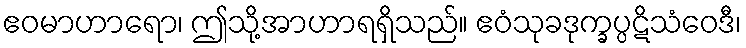
ဧဝမာဟာရော၊ ဤသို့အာဟာရရှိသည်။ ဧဝံသုခဒုက္ခပ္ပဋိသံဝေဒီ၊